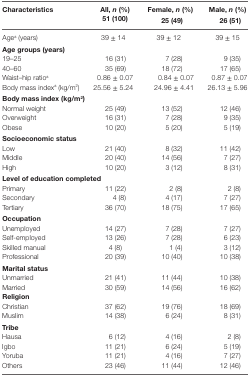
| Characteristics | All, n (%)51 (100) | Female, n (%)25 (49) | Male, n (%)26 (51) |
 | --- | --- | --- | --- |
 | Agea (years) | 39 ± 14 | 39 ± 12 | 39 ± 15 |
 | <COLSPAN=4> Age groups (years) |
 | 19–25 | 16 (31) | 7 (28) | 9 (35) |
 | 40–60 | 35 (69) | 18 (72) | 17 (65) |
 | Waist–hip ratioa | 0.86 ± 0.07 | 0.84 ± 0.07 | 0.87 ± 0.07 |
 | Body mass indexa (kg/m2) | 25.56 ± 5.24 | 24.96 ± 4.41 | 26.13 ± 5.96 |
 | <COLSPAN=4> Body mass index (kg/m2) |
 | Normal weight | 25 (49) | 13 (52) | 12 (46) |
 | Overweight | 16 (31) | 7 (28) | 9 (35) |
 | Obese | 10 (20) | 5 (20) | 5 (19) |
 | <COLSPAN=4> Socioeconomic status |
 | Low | 21 (40) | 8 (32) | 11 (42) |
 | Middle | 20 (40) | 14 (56) | 7 (27) |
 | High | 10 (20) | 3 (12) | 8 (31) |
 | <COLSPAN=4> Level of education completed |
 | Primary | 11 (22) | 2 (8) | 2 (8) |
 | Secondary | 4 (8) | 4 (17) | 7 (27) |
 | Tertiary | 36 (70) | 18 (75) | 17 (65) |
 | <COLSPAN=4> Occupation |
 | Unemployed | 14 (27) | 7 (28) | 7 (27) |
 | Self-employed | 13 (26) | 7 (28) | 6 (23) |
 | Skilled manual | 4 (8) | 1 (4) | 3 (12) |
 | Professional | 20 (39) | 10 (40) | 10 (38) |
 | <COLSPAN=4> Marital status |
 | Unmarried | 21 (41) | 11 (44) | 10 (38) |
 | Married | 30 (59) | 14 (56) | 16 (62) |
 | <COLSPAN=4> Religion |
 | Christian | 37 (62) | 19 (76) | 18 (69) |
 | Muslim | 14 (38) | 6 (24) | 8 (31) |
 | <COLSPAN=4> Tribe |
 | Hausa | 6 (12) | 4 (16) | 2 (8) |
 | Igbo | 11 (21) | 6 (24) | 5 (19) |
 | Yoruba | 11 (21) | 4 (16) | 7 (27) |
 | Others | 23 (46) | 11 (44) | 12 (46) |